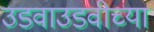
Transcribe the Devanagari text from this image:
उडवाउडवीच्या